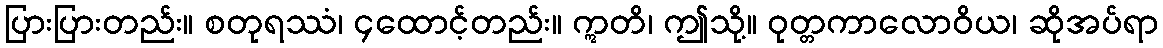
ပြားပြားတည်း။ စတုရဿံ၊ ၄ထောင့်တည်း။ ဣတိ၊ ဤသို့။ ဝုတ္တကာလောဝိယ၊ ဆိုအပ်ရာ